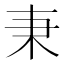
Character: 𣏃